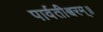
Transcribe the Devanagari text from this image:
पार्वतीश्वरम्॥